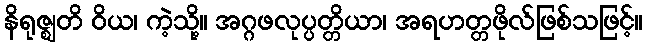
နိရုဇ္ဈတိ ဝိယ၊ ကဲ့သို့။ အဂ္ဂဖလုပ္ပတ္တိယာ၊ အရဟတ္တဖိုလ်ဖြစ်သဖြင့်။